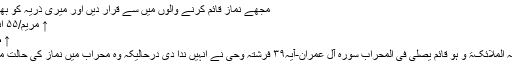
مجھے نماز قائم کرنے والوں میں سے قرار دیں اور میری ذریہ کو بھی.(نیز
↑ مریم/۵۵ انبیا/۷۳
↑ طہ/۱۴
↑ فنادتہ الملائکۃ و ہو قائم یصلی فی المحراب سورہ آل عمران-آیہ۳۹ فرشتہ وحی نے انہیں ندا دی درحالیکہ وہ محراب میں نماز کی حالت میں تھا۔